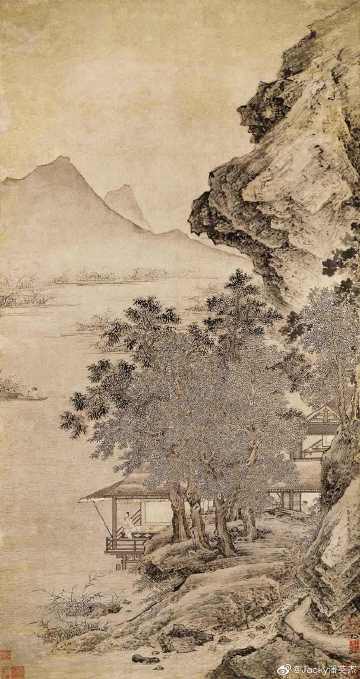
山下出泉，蒙君子以果行育德。